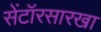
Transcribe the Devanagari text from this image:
सेंटॉरसारखा